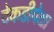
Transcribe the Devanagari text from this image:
टेकडीपेक्षा